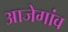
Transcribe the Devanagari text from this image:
आजेगांव